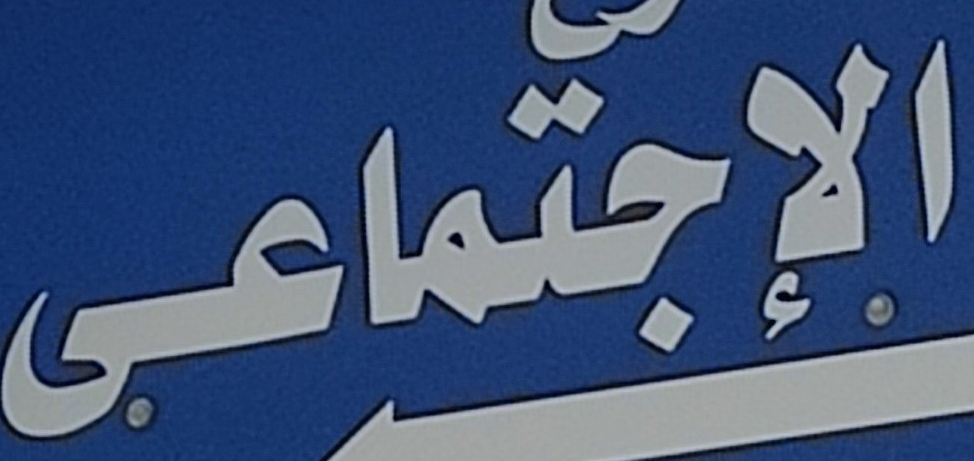
الإجتماعى